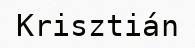
Krisztián